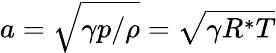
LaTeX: a=\sqrt{\gamma p/\rho}=\sqrt{\gamma R^{*}T}